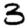
Digit: 3